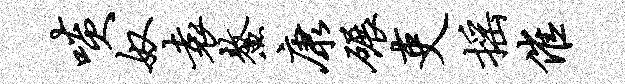
啖奴袁鳌康碾吏摇催